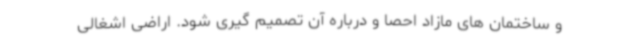
و ساختمان های مازاد احصا و درباره آن تصمیم گیری شود. اراضی اشغالی